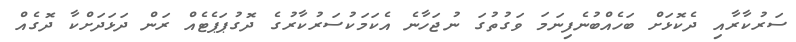
ސަރުކާރާއި ދެކޮޅަށް ބަހެއްބުނެފިނަމަ ވަގުތުގަ ނުޖަހާނެ އެކަމަކުސަރުކާރުގެ ދޮގުޕަޕެޓެއް ރަން ދަޅަދަށްކާ ދޮގެއް